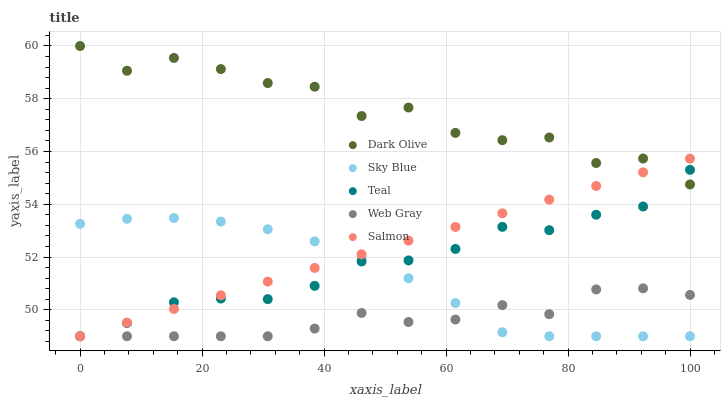
| xaxis_label | Dark Olive | Sky Blue | Teal | Web Gray | Salmon |
 | --- | --- | --- | --- | --- | --- |
 | 0 | 60 | 53.3 | 49 | 49 | 49 |
 | 7.69 | 59.1 | 53.4 | 49.5 | 49 | 49.5 |
 | 15.4 | 59.5 | 53.5 | 50.3 | 49 | 50 |
 | 23.1 | 59.1 | 53.3 | 50.4 | 49 | 50.6 |
 | 30.8 | 58.6 | 53.1 | 50.4 | 49 | 51.1 |
 | 38.5 | 58.5 | 52.6 | 50.9 | 49.3 | 51.6 |
 | 46.2 | 57.3 | 52 | 51.8 | 49.9 | 52.1 |
 | 53.8 | 57.7 | 51.2 | 51.9 | 49.5 | 52.6 |
 | 61.5 | 56.7 | 50.3 | 52.3 | 49.6 | 53.1 |
 | 69.2 | 56.4 | 49.2 | 53.1 | 50.2 | 53.7 |
 | 76.9 | 56.5 | 49 | 53 | 49.8 | 54.2 |
 | 84.6 | 55.6 | 49 | 53.6 | 50.8 | 54.7 |
 | 92.3 | 55.7 | 49 | 53.9 | 50.8 | 55.2 |
 | 100 | 54.8 | 49 | 55.3 | 50.6 | 55.7 |